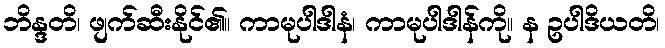
ဘိန္ဒတိ၊ ဖျက်ဆီးနိုင်၏။ ကာမုပါဒါနံ၊ ကာမုပါဒါန်ကို။ န ဥပါဒိယတိ၊